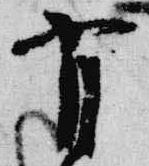
肖